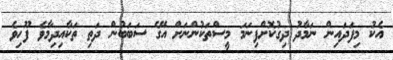
އެކު މިފަދައިން ނަމާދު ދިގުކޮށްފިނަމަ މީސްތަކުންނަށް އޭގެ ސަބަބުން ދަތި ތަކާއިދިމާވެ ފޫހިވެ